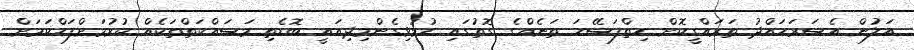
އަލުން އެސަރަހައްދު ތަރައްގީކޮށް ހިތްފަސޭހަ ތަނެއްގެ ގޮތުގައި ހުޅުވިގެންމިދިއައީ ބޮޑެތި މަސައްކަތްތަކެއް ކުރުމަށްފަހްކަމަށް